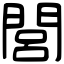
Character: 閭